Indian journal of veterinary science and animal husbandry - Volume 8,
Year: 1938
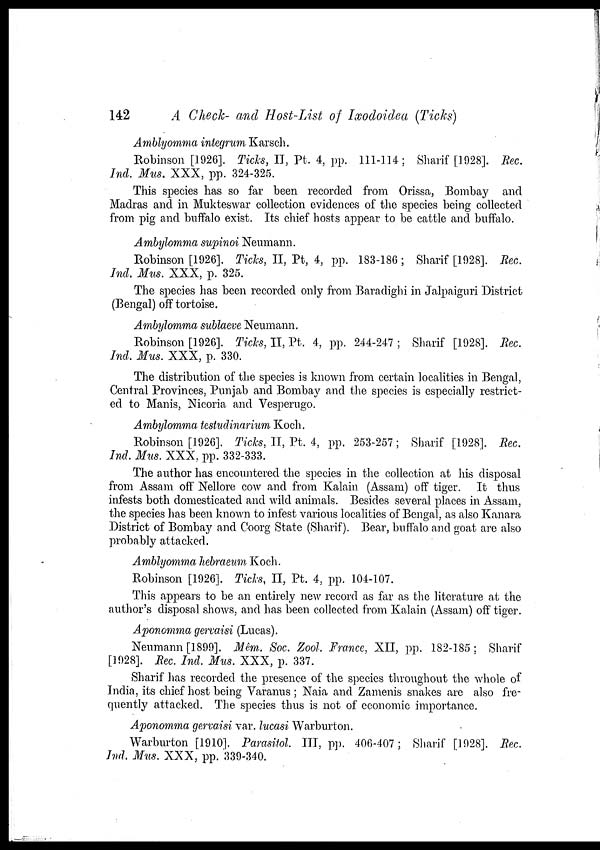
142
A Check- and Host-List of Ixodoidea (Ticks)
Amblyomma integrum Karsch.
Robinson [1926]. Ticks, II, Pt. 4, pp. 111-114; Sharif [1928]. Rec.
Ind. Mus. XXX, pp. 324-325.
This species has so far been recorded from Orissa, Bombay and
Madras and in Mukteswar collection evidences of the species being collected
from pig and buffalo exist. Its chief hosts appear to be cattle and buffalo.
Ambylomma supinoi Neumann.
Robinson [1926]. Ticks, II, Pt, 4, pp. 183-186 ; Sharif [1928]. Rec.
Ind, Mus. XXX, p. 325.
The species has been recorded only from Baradighi in Jalpaiguri District
(Bengal) off tortoise.
Ambylomma sublaeve Neumann.
Robinson [1926]. Ticks, II, Pt. 4, pp. 244-247; Sharif [1928]. Rec.
Ind, Mus. XXX, p. 330.
The distribution of the species is known from certain localities in Bengal,
Central Provinces, Punjab and Bombay and the species is especially restrict-
ed to Manis, Nicoria and Vesperugo.
Ambylomma testudinarium Koch.
Robinson [1926]. Ticks, II, Pt. 4, pp. 253-257; Sharif [1928]. Rec.
Ind. Mus. XXX, pp. 332-333.
The author has encountered the species in the collection at his disposal
from Assam off Nellore cow and from Kalain (Assam) off tiger. It thus
infests both domesticated and wild animals. Besides several places in Assam,
the species has been known to infest various localities of Bengal, as also Kanara
District of Bombay and Coorg State (Sharif). Bear, buffalo and goat are also
probably attacked.
Amblyomma hebraeum Koch.
Robinson [1926]. Ticks, II, Pt. 4, pp. 104-107.
This appears to be an entirely new record as far as the literature at the
author's disposal shows, and has been collected from Kalain (Assam) off tiger.
Aponomma gervaisi (Lucas).
Neumann [1899]. Mêm. Soc. Zool. France, XII, pp. 182-185; Sharif
[1928]. Rec. Ind, Mus. XXX, p. 337.
Sharif has recorded the presence of the species throughout the whole of
India, its chief host being Varanus ; Naia and Zamenis snakes are also fre-
quently attacked. The species thus is not of economic importance.
Aponomma gervaisi var. lucasi Warburton.
Warburton [1910]. Parasitol. III, pp. 406-407; Sharif [1928]. Rec.
Ind. Mus. XXX, pp. 339-340.